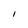
Character: 1